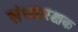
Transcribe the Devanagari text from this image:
संध्यारक्षक